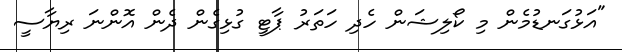
"އަޅުގަނޑުމެން މި ކޯލިޝަން ހެދި ހަތަރު ޕާޓީ ގުޅިގެން ދެން އޮންނަ ރިޔާސީ